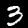
Digit: 3